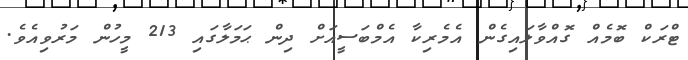
ޓްރަކް ބޮމެއް ގޮއްވާލައިގެން އެމެރިކާ އެމްބަސީއަށް ދިން ޙަމަލާގައި 213 މީހުން މަރުވިއެވެ.